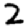
Digit: 2